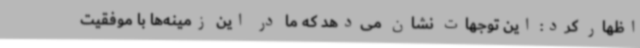
اظهار کرد: این توجهات نشان می‌دهد که ما در این زمینه‌ها با موفقیت